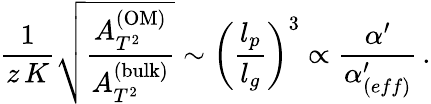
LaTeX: {\frac{1}{z\, K}}\sqrt{\frac{A_{T^{2}}^{\mathrm{(OM)}}}{A_{T^{2}}^{\mathrm{(bulk)}}}}\sim\left({\frac{l_{p}}{l_{g}}}\right)^{3}\propto{\frac{\alpha^{\prime}}{\alpha_{(eff)}^{\prime}}}\, .